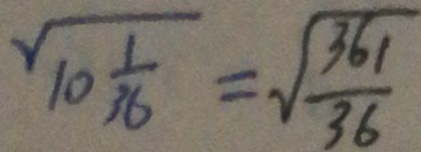
\sqrt { 1 0 \frac { 1 } { 3 6 } } = \sqrt { \frac { 3 6 1 } { 3 6 } }